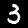
Digit: 3